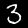
Digit: 3